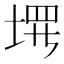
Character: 𪣰